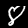
Digit: 8